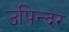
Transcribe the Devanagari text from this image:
उपिन्दर